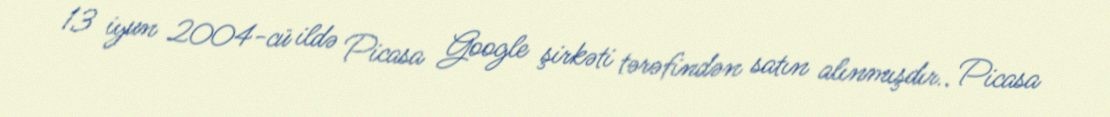
13 iyun 2004-cü ildə Picasa Google şirkəti tərəfindən satın alınmışdır.. Picasa